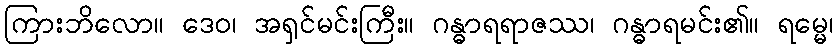
ကြားဘိလော။ ဒေဝ၊ အရှင်မင်းကြီး။ ဂန္ဓာရရာဇဿ၊ ဂန္ဓာရမင်း၏။ ရမ္မေ၊